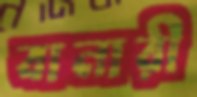
বানারী